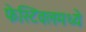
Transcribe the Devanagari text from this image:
फेस्टिवलमध्ये